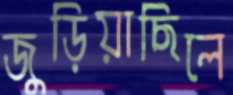
জুড়িয়াছিলে